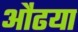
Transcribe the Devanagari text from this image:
औंढया